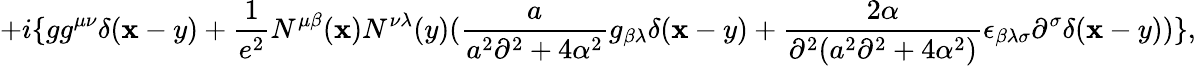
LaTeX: +i\{ gg^{\mu\nu}\delta(\mathbf{x}-y)+{\frac{{1}}{{e^{2}}}}N^{\mu\beta}(\mathbf{x})N^{\nu\lambda}(y)({\frac{{a}}{{a^{2}\partial^{2}+4\alpha^{2}}}}g_{\beta\lambda}\delta(\mathbf{x}-y)+{\frac{{2\alpha}}{{\partial^{2}(a^{2}\partial^{2}+4\alpha^{2})}}}\epsilon_{\beta\lambda\sigma}\partial^{\sigma}\delta(\mathbf{x}-y))\} ,